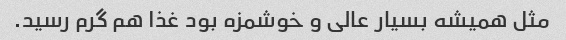
مثل همیشه بسیار عالی و خوشمزه بود غذا هم گرم رسید.